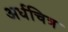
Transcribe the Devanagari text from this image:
अर्धचित्र